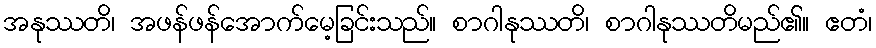
အနုဿတိ၊ အဖန်ဖန်အောက်မေ့ခြင်းသည်။ စာဂါနုဿတိ၊ စာဂါနုဿတိမည်၏။ ဧတံ၊